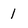
Character: 1